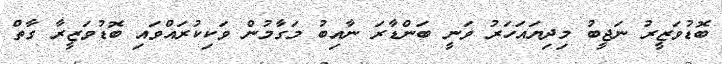
ބޮޑުވަޒީރު ނަޖީބު މިދިޔައަހަރު ވަނީ ބަންޑާރަ ނާއިބު މަގާމުން ވަކިކުރައްވައި ބޮޑުވަޒީރާ ގާތް